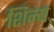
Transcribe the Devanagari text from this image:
शिन्य